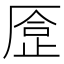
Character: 𠪈